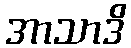
အာသာဒိ